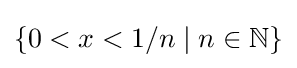
\{0<x<1/n\mid n\in \mathbb {N} \}